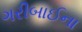
ગરીબાઈના